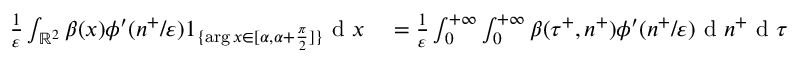
\begin{array} { r l } { \frac { 1 } { \varepsilon } \int _ { \mathbb { R } ^ { 2 } } \beta ( x ) \phi ^ { \prime } ( n ^ { + } / \varepsilon ) 1 _ { \{ \arg x \in [ \alpha , \alpha + \frac { \pi } { 2 } ] \} } \textrm { d } x } & { { } = \frac { 1 } { \varepsilon } \int _ { 0 } ^ { + \infty } \int _ { 0 } ^ { + \infty } \beta ( \tau ^ { + } , n ^ { + } ) \phi ^ { \prime } ( n ^ { + } / \varepsilon ) \textrm { d } n ^ { + } \textrm { d } \tau ^ { + } } \end{array}